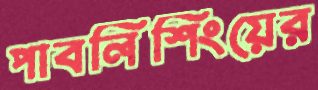
পাবলিশিংয়ের